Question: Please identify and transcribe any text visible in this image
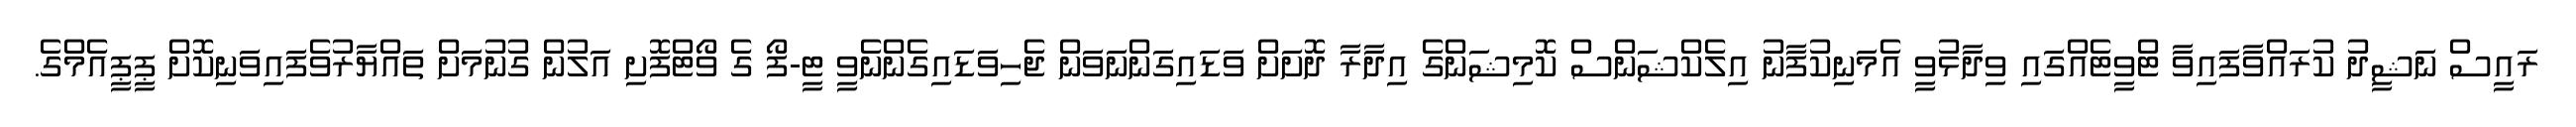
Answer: ރައީސް ނަޝީދު ކުރައްވާފައިވާ ޓްވީޓެއްގައި ވިދާޅުވީ އެމަނިކުފާނު އިލެކްޝަންސް ކޮމިޝަންގެ އިދާރާ ދޮށަށް ވަޑައިގަންނަވަން ޖެހިވަޑައިގެންނެވީ ޓީ-ފޯ ގެ ވޯޓްފޮށި އަލުން ގުނުމަށް ތައްޔާރުވެފައިވަނިކޮށް ޕީޕީއެމްގެ.